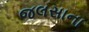
જલસાના